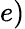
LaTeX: e)